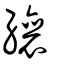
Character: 纕